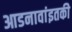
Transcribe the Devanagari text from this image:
आडनावांइतकी